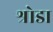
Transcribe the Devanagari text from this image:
श्रोडा